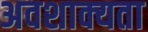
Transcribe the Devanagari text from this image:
अवशाक्यता